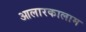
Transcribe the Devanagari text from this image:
आलारकालाम